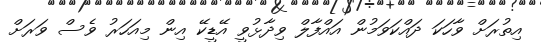
އިތުރަށް ވާހަކަ ދައްކަވަމުން އައްފާލް ވިދާޅުވީ އޭޑީކޭ އިން މިއަހަރު ވެސް ވަރަށް